Report on sanitation, dispensaries, and jails in Rajputana for 1921, and on vaccination for the year 1921-1922 - 1921-1922
Year: 1921
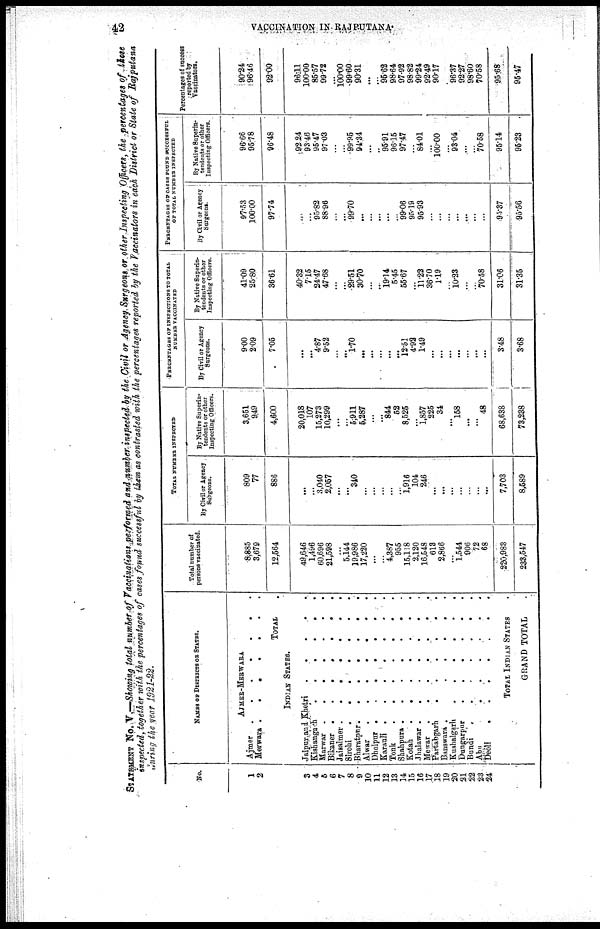
42
VACCINATION IN RAJPUTANA.
STATEMENT No.V.—Showing total number of Vaccinations performed and number inspected by the Civil or Agency Surgeons or other Inspecting Officers, the percentages of those
inspected, together with the percentages of cases found successful by them as contrasted with the percentages reported by the Vaccinators in each District or State of Rajputana
during the year 1921-22.
No.
1
2
3
4
5
6
7
8
9
10
11
12
13
14
15
16
17
18
19
20
21
22
23
24
NAMES OF DISTRICTS OF STATES.
AJMER-MERWARA
Ajmer
Merwara
TOTAL.
INDIAN STATES.
Jaipur and Khetri
Kishangarh......
Marwar.......
Bikaner.......
Jaisalmer.......
Sirohi.......
Bharatpur
. .
Alwar.......
Dholpur.......
Karauli.......
Tonk
Shahpura
Kotah
Jhalawar.......
Mewar.......
Partabgarh......
Banswara.......
Kushalgarh......
Dungarpur......
Bundi.......
Abu.
.
Deoli
TOTAL INDIAN STATES.
GRAND TOTAL.
Total number of
persons vaccinated.
8,885
3,679
12,564
49,646
1,496
60,696
21,598
...
5,144
19,986
17,220
...
...
4,387
955
15,118
2,120
16,548
613
2,866
...
1,544
906
72
68
220,983
233,547
TOTAL NUMBER INSPECTED
By Civil or Agency
Surgeons.
809
77
886
...
...
3,040
2,057
...
...
340
...
...
...
...
...
1,916
104
246
...
...
...
...
...
...
...
7,703
8,589
By Native Superin-
tendents or other
Inspecting Officers.
3,651
949
4,600
20,018
107
15,273
10,299
...
...
5,911
5,287
...
...
844
52
8,525
...
1,857
225
34
...
158
...
...
48
68,638
73,238
PERCENTAGES OF INSPECTIONS TO TOTAL
NUMBER VACCINATED
By Civil or Agency
Surgeons.
9.00
2.09
7.05
...
...
4.87
9.52
...
...
1.70
...
...
...
...
...
12.51
4.92
1.49
...
...
...
...
...
...
...
3.48
3.68
By Native Superin-
tendents or other
Inspecting Officers.
41.09
25.80
36.61
40.32
7.15
24.47
47.68
...
...
29.51
30.70
...
...
19.14
5.45
55.67
...
11.22
36.70
1.19
...
10.23
...
...
70.58
31.06
31.35
PERCENTAGES OF CASES FOUND SUCCESSFUL
OF TOTAL NUMBER INSPECTED
By Civil or Agency
Surgeons.
97.53
100.00
97.74
...
...
95.82
88.96
...
...
99.70
...
...
...
...
...
99.06
95.19
95.93
...
...
...
...
...
...
...
95.87
95.56
By Native Superin-
tendents or other
Inspecting Officers.
96.66
95.78
96.48
92.24
93.46
95.47
97.03
...
...
99.95
94.34
...
...
95.91
96.15
97.47
...
84.01
1
100.00
...
93.04
...
...
70.58
95.14
95.23
Percentages of success
reported by
Vaccinators.
90.24
96.46
92.00
96.11
100.00
85.57
99.72
...
100.00
99.60
90.31
...
...
95.62
98.64
97.92
98.82
99.24
92.49
90.17
...
96.37
92.27
98.60
70.58
95.68
95.47